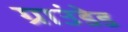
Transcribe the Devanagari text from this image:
ग्राउंडेड